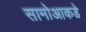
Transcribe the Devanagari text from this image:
सामोआकडे